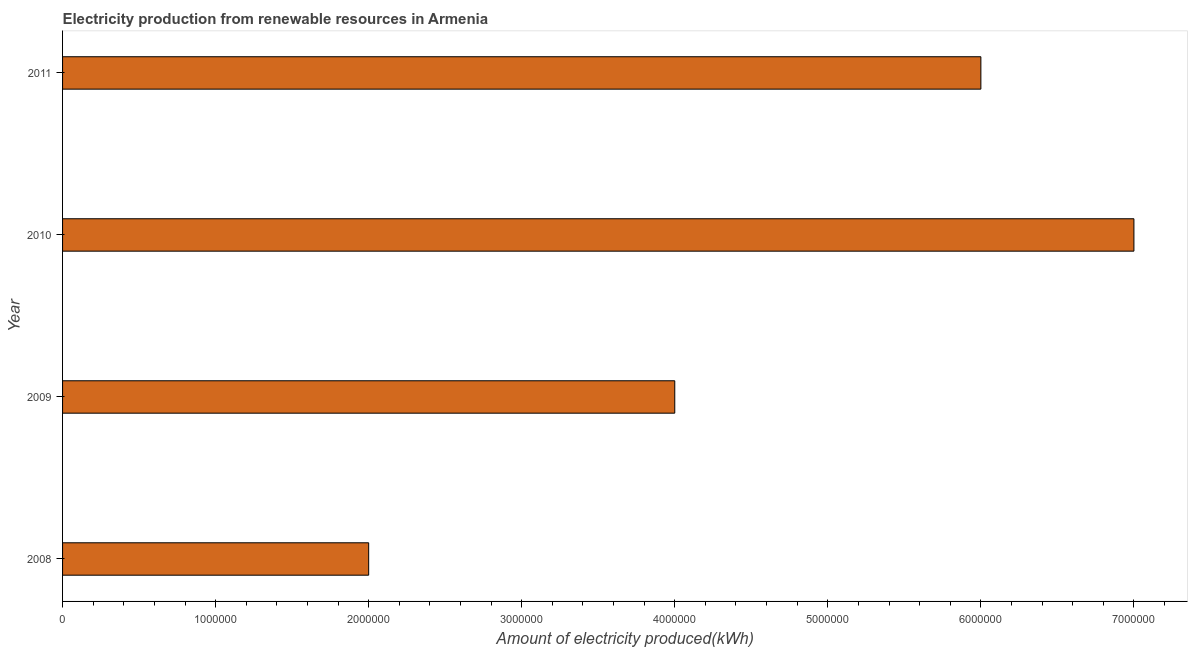
| Year | Electricity production from renewable sources |
 | --- | --- |
 | 2008 | 2e+06 |
 | 2009 | 4e+06 |
 | 2010 | 7e+06 |
 | 2011 | 6e+06 |